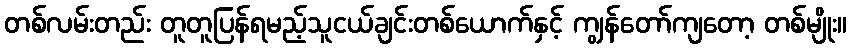
တစ်လမ်းတည်း တူတူပြန်ရမည့်သူငယ်ချင်းတစ်ယောက်နှင့် ကျွန်တော်ကျတော့ တစ်မျိုး။